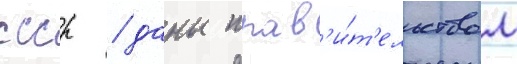
ссср / даны прав'и́т'ельством